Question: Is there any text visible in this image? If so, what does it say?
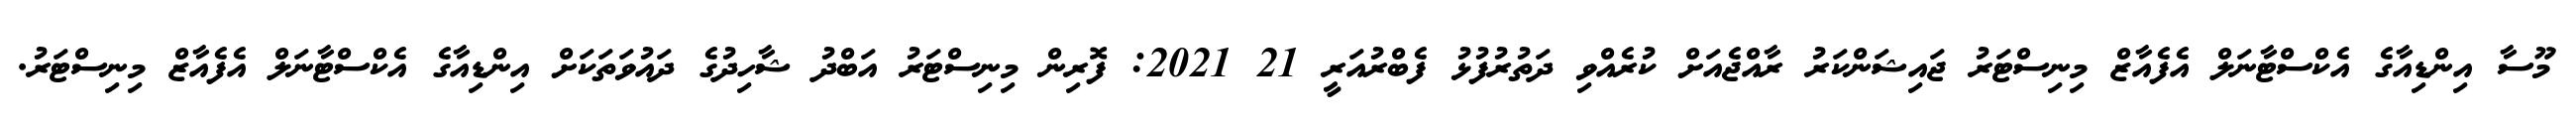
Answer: މޫސާ އިންޑިއާގެ އެކްސްޓާނަލް އެފެއާޒް މިނިސްޓަރު ޖައިޝަންކަރު ރާއްޖެއަށް ކުރެއްވި ދަތުރުފުޅު ފެބްރުއަރީ 21 2021: ފޮރިން މިނިސްޓަރު އަބްދު ޝާހިދުގެ ދައުވަތަކަށް އިންޑިއާގެ އެކްސްޓާނަލް އެފެއާޒް މިނިސްޓަރު.